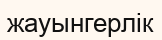
жауынгерлік